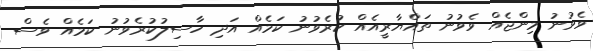
ވެވުނު މިންޖެއް ވެވުނު ތައްޔާރީއެއް ކުރެވުނު ކަމެއް އަދި ހާސިލުކުރެވުނު ކަމެއް ވެސް